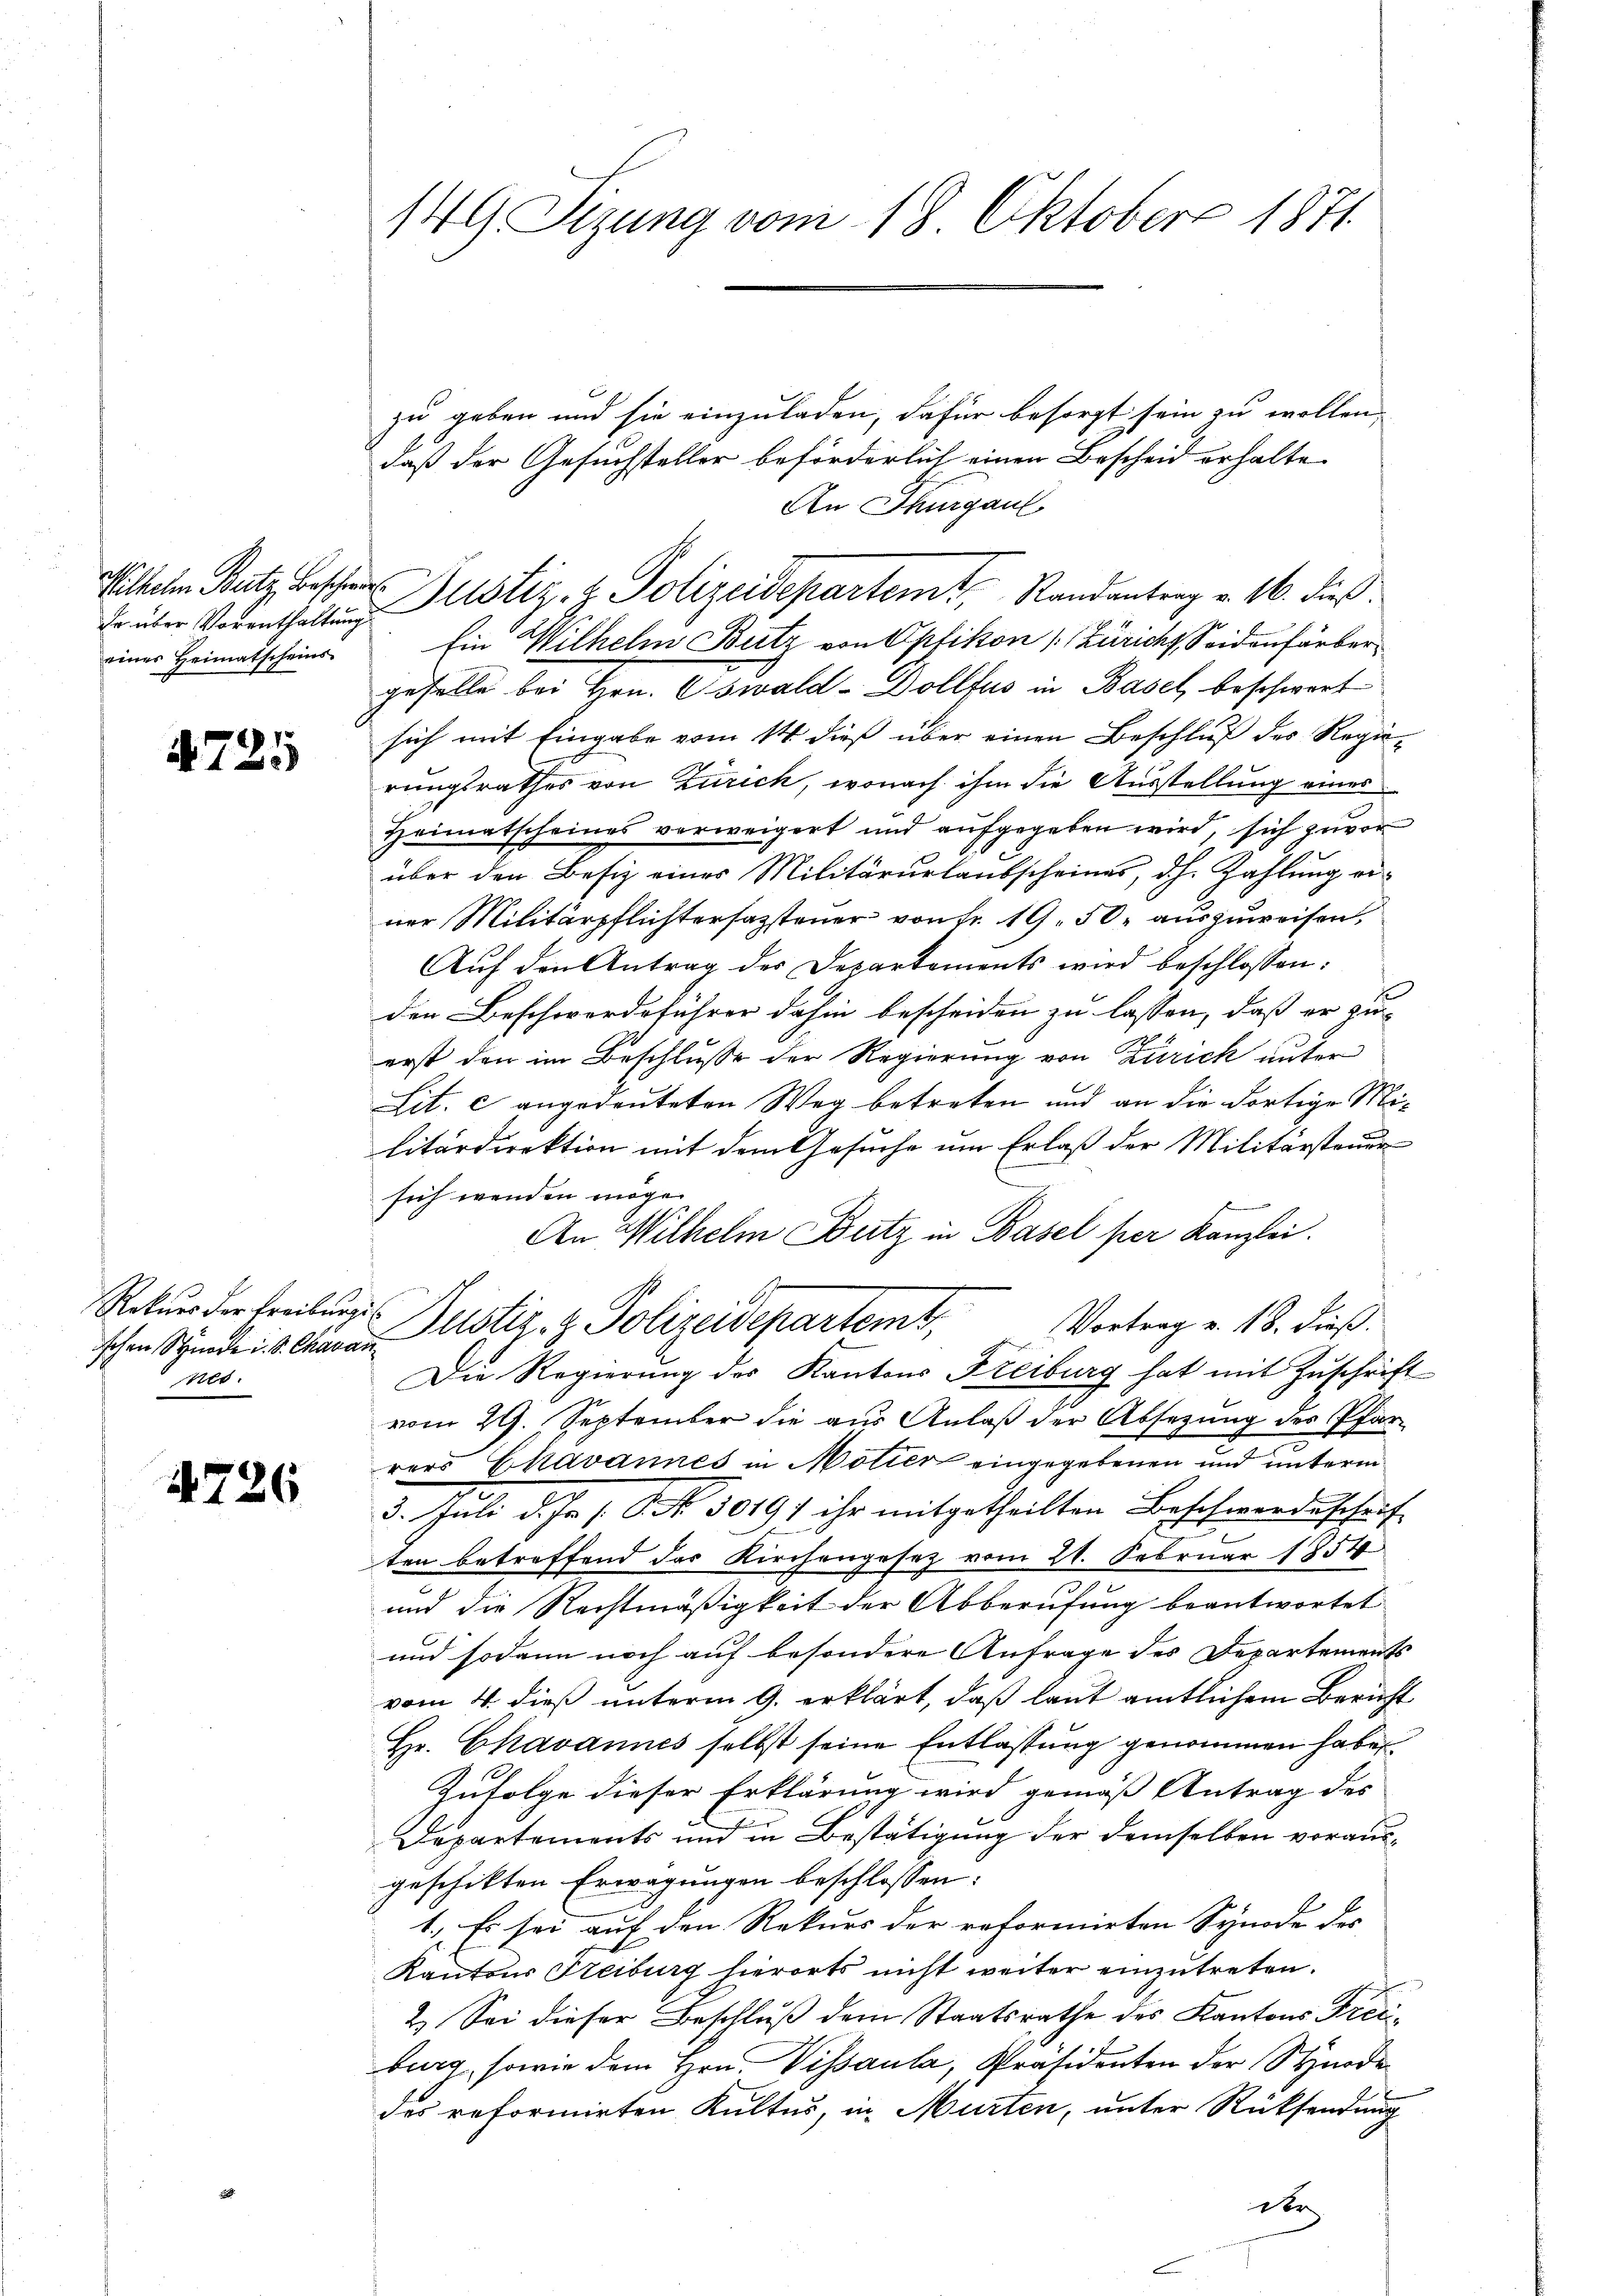
Er über Vorenthaltung
eines Heimatscheins¬

725

Rekurs der Freiburg
schen Stunde d. S. Chava
nes.

4726

149 Sizung vom 18. Oktober 1871

zu geben und sie einzuladen, dafür besorgt sein zu wollen,
daß der Gesuchsteller beförderlich einen Bescheid erhalte
An Thurgaul
Wilten Batz bescher Justiz- & Polizeidepartemt, Randantrag v. 16. dieß.
Ein Wilhelm Butz von Opfikon (Züricht, Seidenfärber
geselle bei Hrn. Oswald-Dollfus in Basel, beschwert
sich mit Eingabe vom 14. dieß über einen Beschluß des Regierungsrathes von Zürich, wonach ihm die Ausstellung eines
Heimatscheines verweigert und aufgegeben wird, sich zuvor
über den Besiz eines Militärurlaubscheines, d.h. Zahlung einer Militärpflichtersazsteuer von Fr. 19, 50 auszuweisen,
Auf den Antrag des Departements wird beschlossen:
den Beschwerdeführer dahin bescheiden zu lassen, daß er zu-
erst den im Beschlusse der Regierung von Zürich unter
Lit. c angedeuteten Weg betreten und an die dortige Militärdirektion mit dem Gesuche um Erlaß der Militärsteuer
sich wenden möge.
An Wilhelm Butz in Basel per Kanzlei.
Justiz- & Polizeidepartemt,
Vortrag v. 18. dieß.
.
Die Regierung des Kantons Freiburg hat mit Zuschrift
vom 29. September die aus Anlaß der Absezung des Pfarrers Chavannes in Motier eingegebenen und unterm
3. Juli d. Js. s. S. Nr. 30191 ihr mitgetheilten Beschwerdeschrif
ten betreffend das Kirchengesetz vom 21. Februar 1854
und die Rechtmäßigkeit der Abberufung beantwortet
und sodann noch auf besondere Anfrage des Departements
vom 4. dieß unterm 9. erklärt, daß laut amtlichem Bericht
Hr. Chavannes selbst seine Entlassung genommen haben.
Zufolge dieser Erklärung wird gemäß Antrag des
Departements und in Bestätigung der demselben vorausgeschikten Erwägungen beschlossen:
1. Es sei auf den Rekurs der reformirten Synode des
Kantons Freiburg hierorts nicht weiter einzutreten.
2.) Sei dieser Beschluß dem Staatsrathe des Kantons Freiburg, sowie dem Hrn. Vissaula, Präsidenten der Synode
des reformirten Kultus, in Murten, unter Rücksendung
der